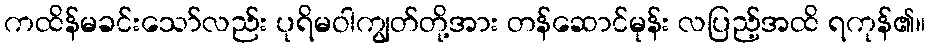
ကထိန်မခင်းသော်လည်း ပုရိမဝါကျွတ်တို့အား တန်ဆောင်မုန်း လပြည့်အထိ ရကုန်၏။